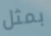
بمثل